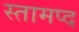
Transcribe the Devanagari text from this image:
स्तामप्द